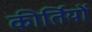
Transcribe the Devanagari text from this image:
कीर्तियों